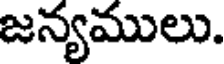
జన్యములు.